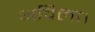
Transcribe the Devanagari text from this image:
अविला।